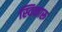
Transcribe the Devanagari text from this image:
स्विकारू